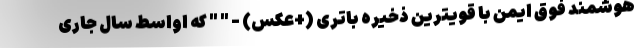
هوشمند فوق ایمن با قویترین ذخیره باتری (+عکس) - " " که اواسط سال جاری